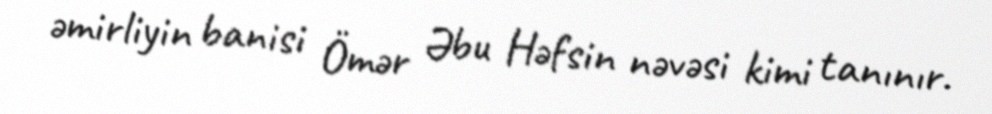
əmirliyin banisi Ömər Əbu Həfsin nəvəsi kimi tanınır.